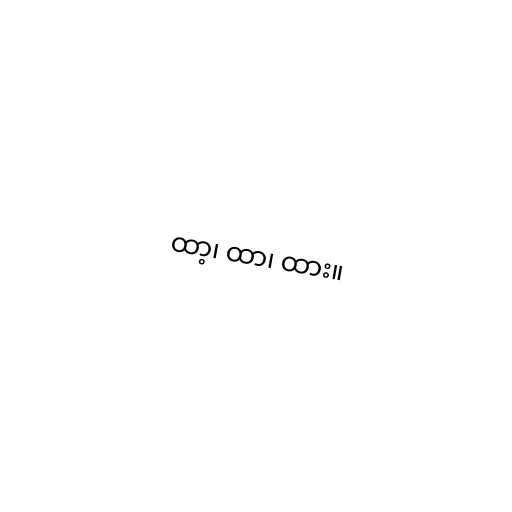
ထာ့၊ ထာ၊ ထား။